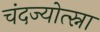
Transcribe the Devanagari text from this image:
चंदज्योत्स्ना